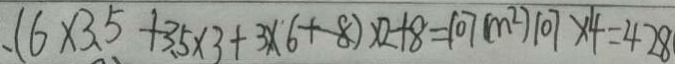
、 ( 6 \times 3 . 5 + 3 . 5 \times 3 + 3 \times 6 + 8 ) \times 2 + 8 = 1 0 7 ( m ^ { 2 } ) 1 0 7 \times 4 = 4 2 8